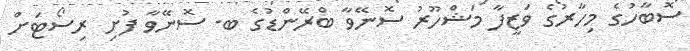
ސޮބާހުގެ މިހާރުގެ ވަޒީފާ މަޝްހޫރު ސޮނޭވާ ބްރޭންޑުގެ ބ. ސޮނޭވާ ފުށި ރިސޯޓަށް